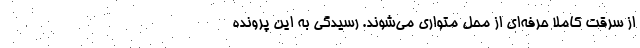
از سرقت کاملا حرفه‌ای از محل متواری می‌شوند. رسیدگی به این پرونده